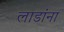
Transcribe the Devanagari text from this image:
लाडांना